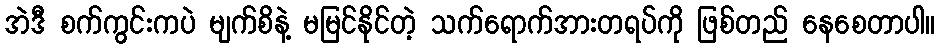
အဲဒီ စက်ကွင်းကပဲ မျက်စိနဲ့ မမြင်နိုင်တဲ့ သက်ရောက်အားတရပ်ကို ဖြစ်တည် နေစေတာပါ။